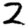
Digit: 2